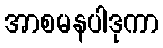
အာစမနပါဒုကာ